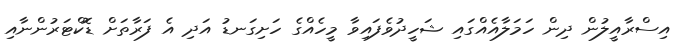
އިސްރާއީލުން ދިން ހަމަލާއެއްގައި ޝަހީދުވެފައިވާ މީހެއްގެ ހަށިގަނޑު އަދި އެ ފަރާތަށް ޑޮކްޓަރުންނާއި